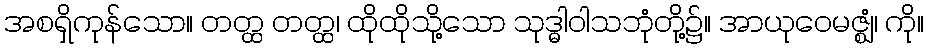
အစရှိကုန်သော။ တတ္ထ တတ္ထ၊ ထိုထိုသို့သော သုဒ္ဓါဝါသဘုံတို့၌။ အာယုဝေမဇ္ဈံ၊ ကို။